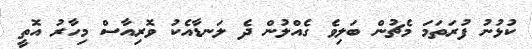
ކުޅުނު ފުރަތަމަ މެޗުން ބަލިވެ ގެއްލުން ދެ ލަނޑާއެކު ވޮރިއާސް މިހާރު އޮތީ